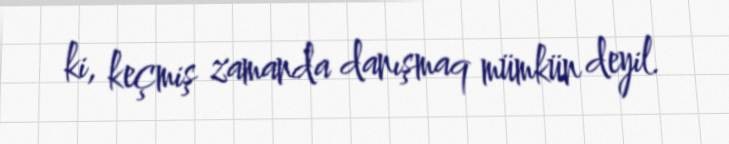
ki, keçmiş zamanda danışmaq mümkün deyil.